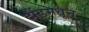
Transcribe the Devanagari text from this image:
दौंडमधून